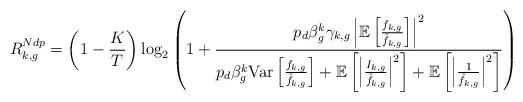
LaTeX: \begin{align*}R_{k,g}^{Ndp}=\left(1-\frac{K}{T}\right)\log_2\left(1+\frac{p_d\beta_g^k\gamma_{k,g}\left|\mathbb{E}\left[\frac{f_{k,g}}{\hat{f}_{k,g}}\right]\right|^2}{p_d\beta_g^k \mathrm{Var}\left[\frac{f_{k,g}}{\hat{f}_{k,g}}\right]+\mathbb{E}\left[\left|\frac{I_{k,g}}{\hat{f}_{k,g}}\right|^2\right]+\mathbb{E}\left[\left|\frac{1}{\hat{f}_{k,g}}\right|^2\right]}\right)\end{align*}